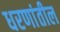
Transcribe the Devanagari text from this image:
धरणांतील